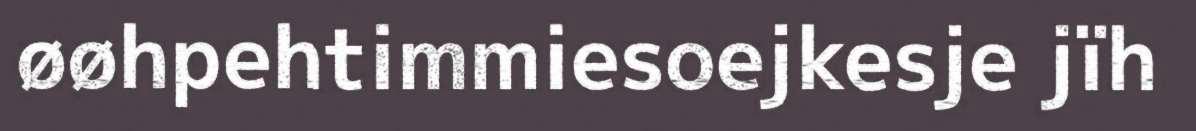
øøhpehtimmiesoejkesje jïh